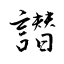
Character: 譛